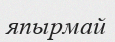
япырмай